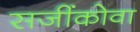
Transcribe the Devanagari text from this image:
सजींकोवा